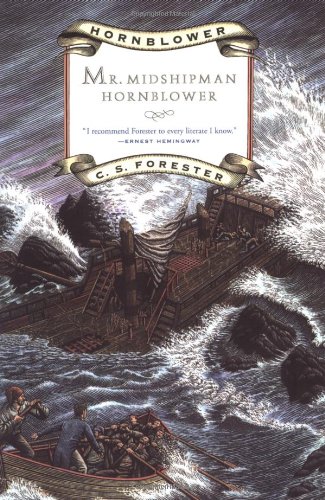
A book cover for Mr. Midshipman Hornblower (Hornblower Saga); C. S. Forester; Literature & Fiction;